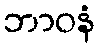
ဘာဝနံ